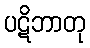
ပဋိဘာတု